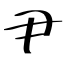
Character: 尹